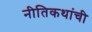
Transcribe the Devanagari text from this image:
नीतिकथांची